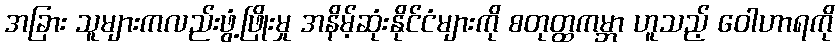
အခြား သူများကလည်းဖွံ့ဖြိုးမှု အနိမ့်ဆုံးနိုင်ငံများကို စတုတ္ထကမ္ဘာ ဟူသည့် ဝေါဟာရကို